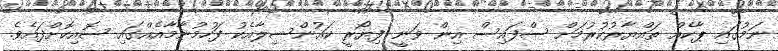
ނަމުގައި ޕާކެއް ތައްޔާރުކުރުމަށް ސްފައިސް އިން ވަނީ ފިޔޯރީ ކައުންސިލާއެކު ފަހުމުނާމާއެއްގައި ސޮއިކޮށްފައެވެ.